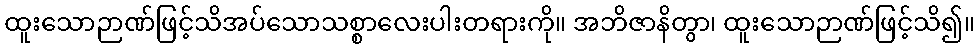
ထူးသောဉာဏ်ဖြင့်သိအပ်သောသစ္စာလေးပါးတရားကို။ အဘိဇာနိတွာ၊ ထူးသောဉာဏ်ဖြင့်သိ၍။